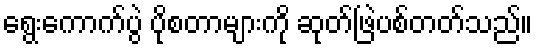
ရွေးကောက်ပွဲ ပိုစတာများကို ဆုတ်ဖြဲပစ်တတ်သည်။